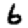
Digit: 6